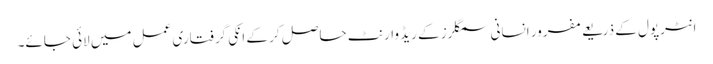
انٹرپول کے ذریعے مفرور انسانی سمگلرز کے ریڈ وارنٹ حاصل کر کے انکی گرفتاری عمل میں لائی جائے۔